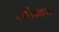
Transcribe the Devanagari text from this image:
किंगकांग